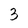
Character: 3